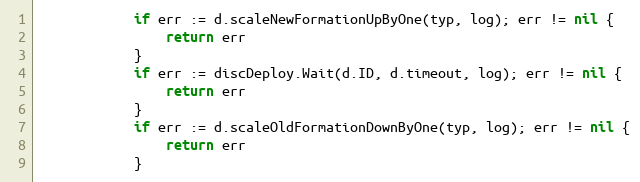
Language: Go
			if err := d.scaleNewFormationUpByOne(typ, log); err != nil {
				return err
			}
			if err := discDeploy.Wait(d.ID, d.timeout, log); err != nil {
				return err
			}
			if err := d.scaleOldFormationDownByOne(typ, log); err != nil {
				return err
			}